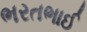
ભરતભાઈ